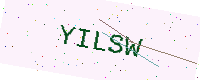
Text: YILSW